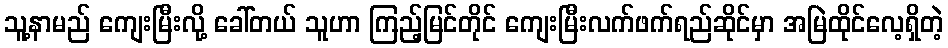
သူ့နာမည် ကျေးမြီးလို့ ခေါ်တယ် သူဟာ ကြည့်မြင်တိုင် ကျေးမြီးလက်ဖက်ရည်ဆိုင်မှာ အမြဲထိုင်လေ့ရှိတဲ့